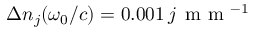
\Delta n _ { j } ( \omega _ { 0 } / c ) = 0 . 0 0 1 \, j \, \textrm { m m } ^ { - 1 }